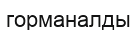
горманалды